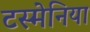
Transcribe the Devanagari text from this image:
टस्मेनिया